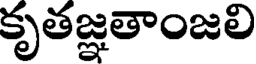
కృతజ్ఞతాంజలి